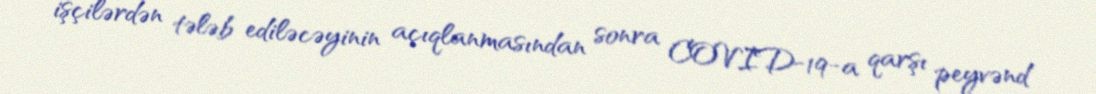
işçilərdən tələb ediləcəyinin açıqlanmasından sonra COVID-19-a qarşı peyvənd